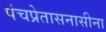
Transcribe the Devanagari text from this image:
पंचप्रेतासनासीना